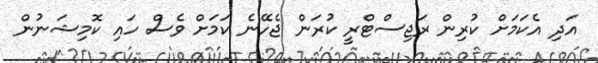
އަދި އެކަމަށް ކުރިން ރަޖިސްޓްރީ ކުރަން ޖެހޭނެ ކަމަށް ވެސް ހައި ކޮމިޝަނުން